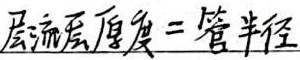
层流层厚度 = 管半径